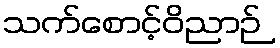
သက်စောင့်ဝိညာဉ်